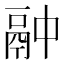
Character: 𫙄